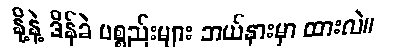
နို့နဲ့ ဒိန်ခဲ ပစ္စည်းများ ဘယ်နားမှာ ထားလဲ။